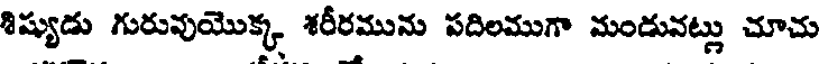
శిష్యుడు గురువుయొక్క శరీరమును పదిలముగా మండువట్లు చూచు